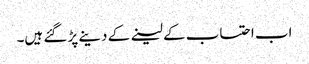
اب احتساب کے لینے کے دینے پڑ گئے ہیں۔